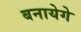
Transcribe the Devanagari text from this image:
बनायेगे